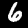
Label: 6